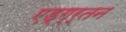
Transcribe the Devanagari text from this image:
एड्ग्र्तन